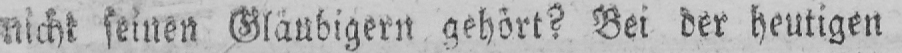
nicht seinen Gläubigern gehört? Bei der heutigen